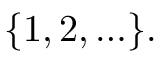
\{ 1 , 2 , \ldots \} .